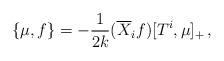
LaTeX: \begin{align*}\left\{\mu,f\right\}=-\frac{1}{2k} (\overline X_i f) [T^i,\mu]_+\,,\end{align*}